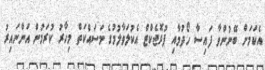
އެކަމަށް ބޭނުންވާ ފައިސާ ހޯދުމާއި ޕުރޮޖެކްޓް އެކުލަވާލުމުގެ މަސައްކަތް މިހާރު ކުރަމުން އަންނައިރު